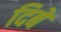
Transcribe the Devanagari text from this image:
दिबे